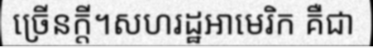
ច្រើនក្តី។សហរដ្ឋអាមេរិក គឺជា